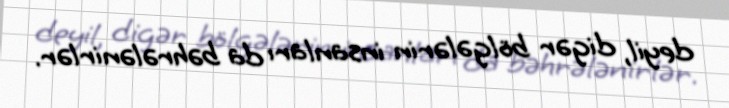
deyil, digər bölgələrin insanları da bəhrələnirlər.